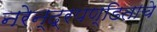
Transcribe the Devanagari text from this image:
नरेन्द्रपण्डिताचे